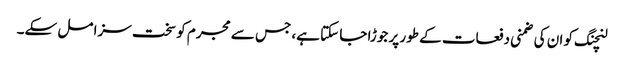
لنچنگ کو ان کی ضمنی دفعات کے طور پر جوڑا جا سکتا ہے، جس سے مجرم کو سخت سزا مل سکے۔